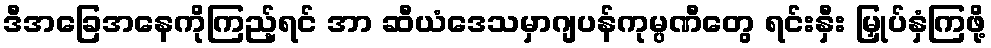
ဒီအခြေအနေကိုကြည့်ရင် အာ ဆီယံဒေသမှာဂျပန်ကုမ္ပဏီတွေ ရင်းနှီး မြှုပ်နှံကြဖို့